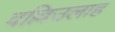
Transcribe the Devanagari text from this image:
वल्लिउलाह